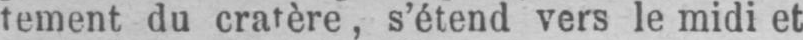
tement du cratère, s’étend vers le midi et